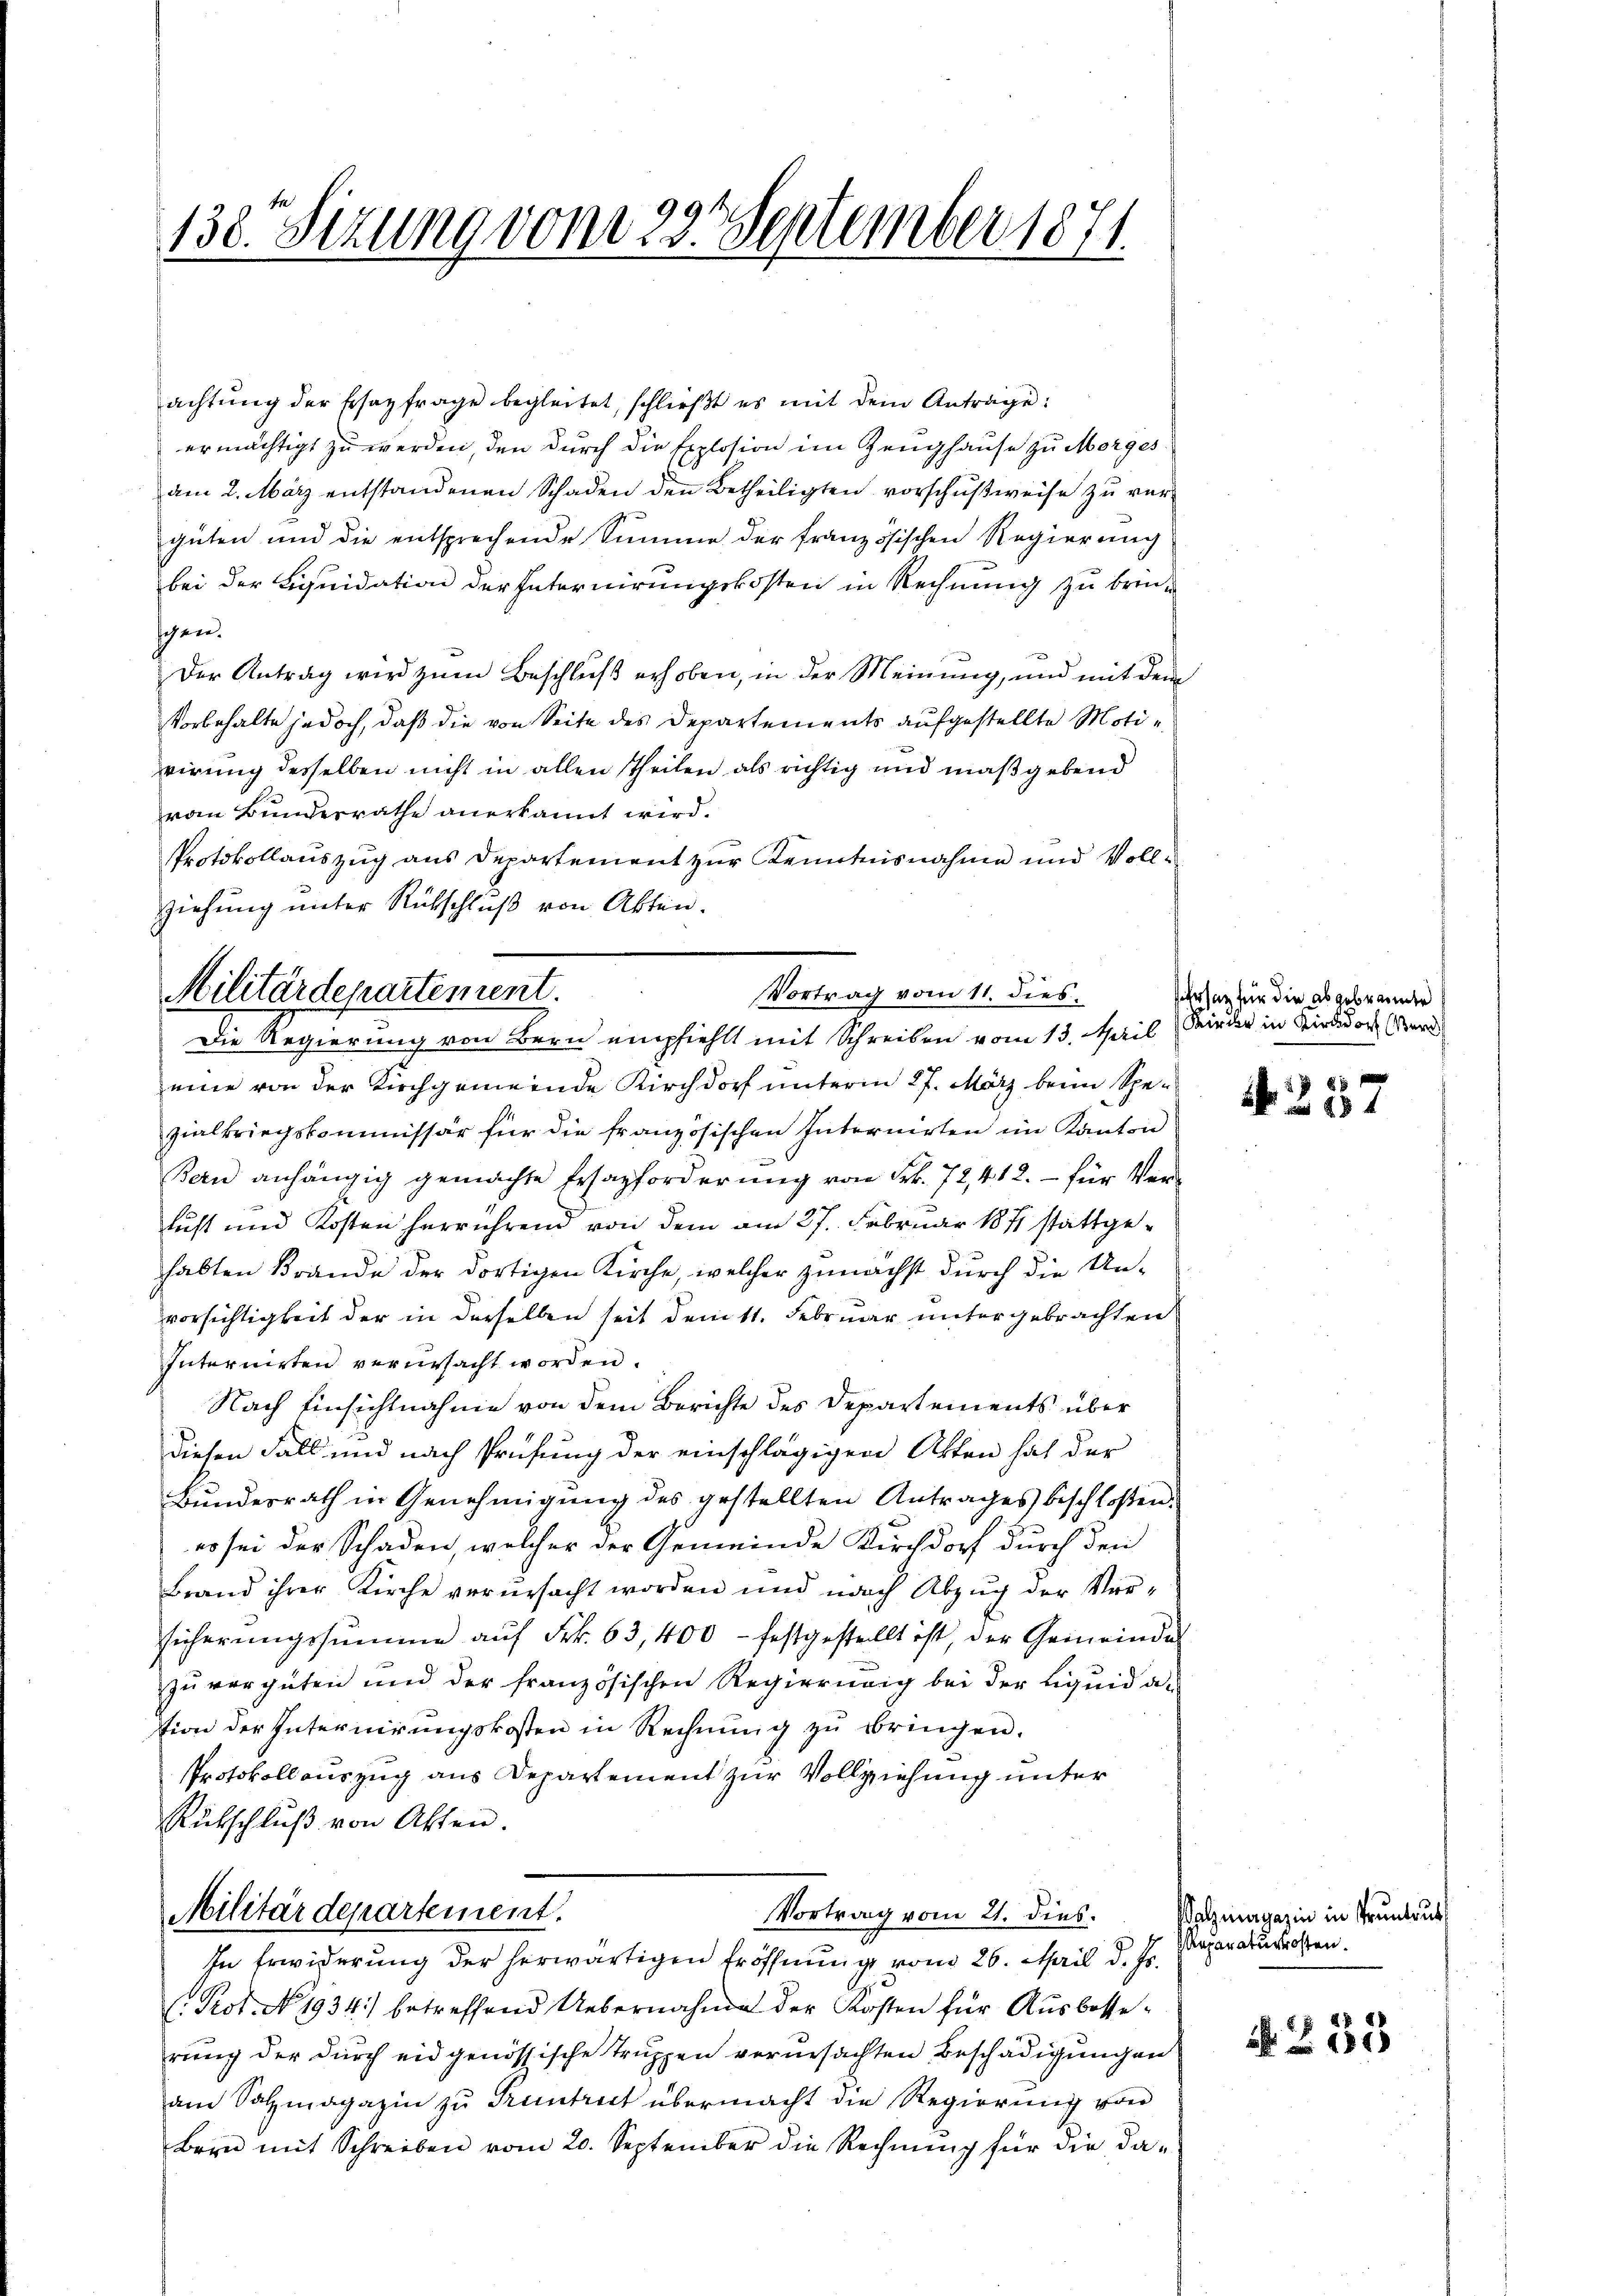
130. Sizung von 23. September 1871.

achtung der Ersatzfrage begleitet, schließt es mit dem Anträge:
ermächtigt zu werden, den durch die Explosion im Zeughause zu Morges
am 2. März entstandenen Schaden den Betheiligten vorschußweise zu vergüten und die entsprechende Summe der französischen Regierung
bei der Liquidation der Internirungskosten in Rechnung zu brinschen.
Der Antrag wird zum Beschluß erhoben, in der Meinung, und mit dem
Vorbehalte jedoch, daß die von Seite des Departements aufgestellte Motivirung desselben nicht in allen Theilen als richtig und maßgebend
vom Bundesräthe anerkannt wird.
Protokollauszug aus Departement zur Kenntnisnahme und Vollziehung unter Rückschluß von Akten.
eine von der Kirchgemeinde Kirchdorf unterm 27. März beim Spezialkriegskommissär für die französischen Internirten im Kanton
Bern anhängig gemachte Ersazforderung von Frk. 72, 412. – für Verluft und Kosten herrührend von dem am 27. Februar 1871 stattgehabten Brände der dortigen Kirche, welcher zunächst durch die Unvorsichtigkeit der in derselben seit dem 11. Februar untergebrachten
Internirten verursacht worden.
Nach Einsichtnahme von dem Berichte des Departements über
diesen Fall und nach Prüfung der einschlägigen Akten hat der
Bundesrath in Genehmigung des gestellten Antrages beschloßen:
es sei der Schaden, welcher der Gemeinde Kirchdorf durch den
Brand ihrer Kirche verursacht worden und nach Abzug der Versicherungssumme auf Frk. 63,400 - festgestellt ist, der Gemeinde
zu vergüten und der französischen Regierung bei der Liquid a.
tion der Internirungskosten in Rechnung zu bringen.
Protokollauszug aus Departement zur Vollziehung unter
Rückschlŭβ von Akten.
Militärdepartement.
Vortrag vom 21. dies.
In Erwiderung der herwärtigen Eröffnung vom 26. April d. Js.
C. Prot. No. 1934) betreffend Uebernahme der Kosten für Ausbesserung der durch eidgenössische Truppen verursachten Beschädigungen
am Salzmagazin zu Pruntrut übermacht die Regierung von
Bern mit Schreiben vom 20. September die Rechnŭng für die da-

Militärdepartement.
Vortrag vom 11. dies
Die Regierung von Bern empfiehlt mit Schreiben vom 13. Mil (Wieder in Kird er

rsatz für die abgebrannte

87
N. Z. 11

alzmagazin in Pruntrut
Separaturkosten.

N. Z. 55